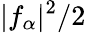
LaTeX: |f_{\alpha}|^{2}/2